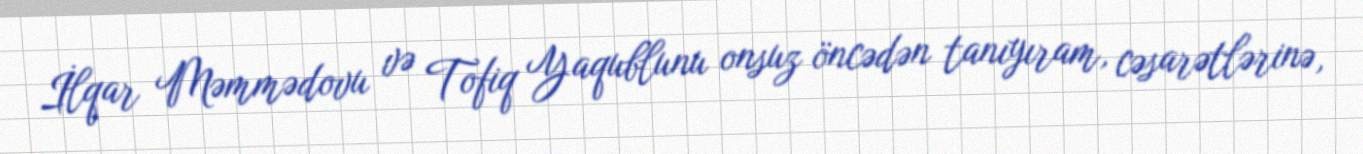
İlqar Məmmədovu və Tofiq Yaqublunu onsuz öncədən tanıyıram, cəsarətlərinə,